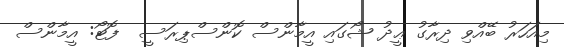
މިއަހަރު ބޭއްވި ދިރާގު ޢީދު ޝޯގައި އީމާންސް ކޮންސްޕިރަސީ  ފޮޓޯ: އީމާންސް